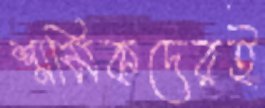
শ্রমিকদেরই